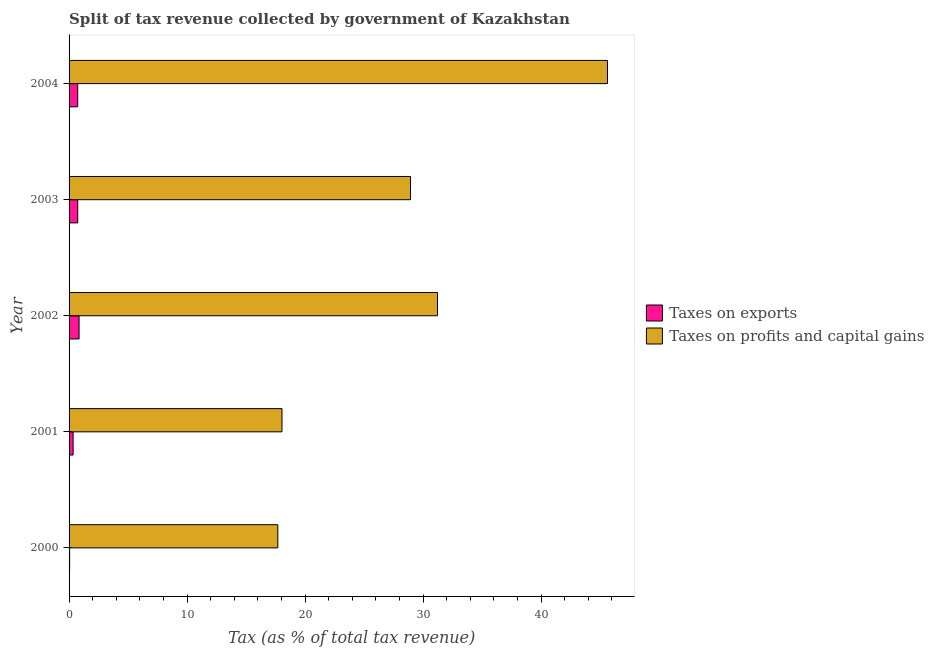
| Year | Taxes on exports | Taxes on profits and capital gains |
 | --- | --- | --- |
 | 2000 | 0.0454 | 17.7 |
 | 2001 | 0.342 | 18 |
 | 2002 | 0.848 | 31.2 |
 | 2003 | 0.735 | 28.9 |
 | 2004 | 0.731 | 45.6 |